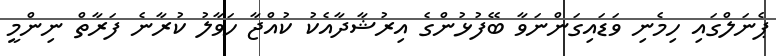
ޕެނަލްގައި ހިމެނި ވަޑައިގަންނަވާ ބޭފުޅުންގެ އިރުޝާދާއެކު ކުއްޖާ ހަވާލު ކުރާނެ ފަރާތް ނިންމީ